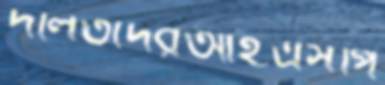
দলিতদেরআইএসপি